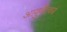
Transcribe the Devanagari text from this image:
आयुर्वेदाकडे